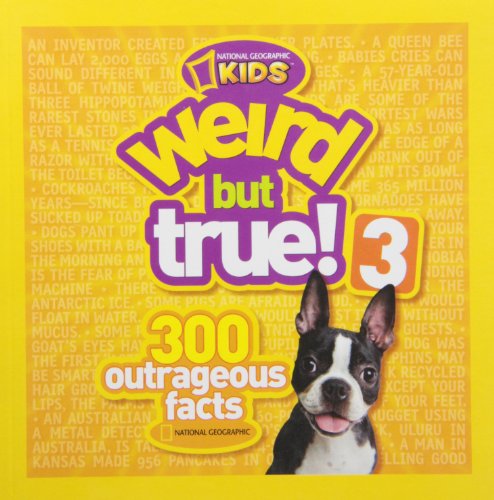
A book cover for Weird but True! 3: 300 Outrageous Facts; National Geographic Kids; Children's Books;